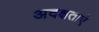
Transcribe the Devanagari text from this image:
अदक्षताएं